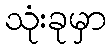
သုံးခုမှာ